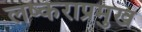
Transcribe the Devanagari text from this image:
लष्कराप्रमुख